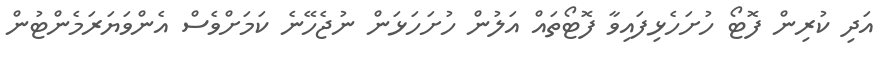
އަދި ކުރިން ފޮޓޯ ހުށަހެޅިފައިވާ ފޮޓޯތައް އަލުން ހުށަހަޅަން ނުޖެހޭނެ ކަމަށްވެސް އެންވަޔަރަމެންޓުން